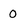
Character: 0